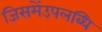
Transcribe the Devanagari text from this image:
जिसमेंउपलब्धि